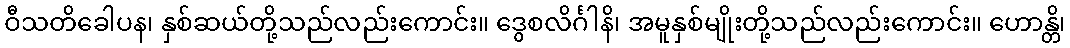
ဝီသတိခေါပန၊ နှစ်ဆယ်တို့သည်လည်းကောင်း။ ဒွေစလိင်္ဂါနိ၊ အမူနှစ်မျိုးတို့သည်လည်းကောင်း။ ဟောန္တိ၊